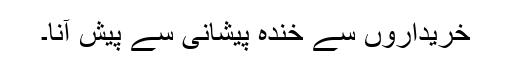
خریداروں سے خندہ پیشانی سے پیش آنا۔